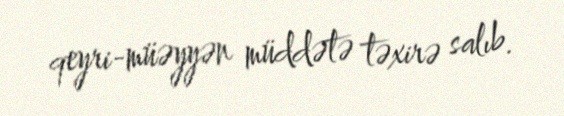
qeyri-müəyyən müddətə təxirə salıb.